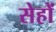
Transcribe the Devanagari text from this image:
सेहों